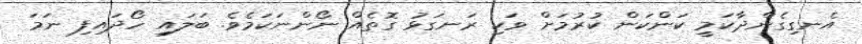
އެނގިގެންދާކަމީ ކަންކަން ކުރުމަށް ވަކި ރަނގަޅު ގޮތެއް ނޯންނަކަމެވެ. ބަލައި ހޯދައިފި ނަމަ